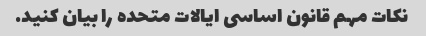
نکات مهم قانون اساسی ایالات متحده را بیان کنید.